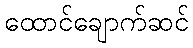
ထောင်ချောက်ဆင်